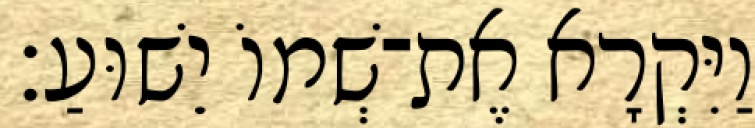
וַיִּקְרָא אֶת־שְׁמוֹ יֵשׁוּעַ׃